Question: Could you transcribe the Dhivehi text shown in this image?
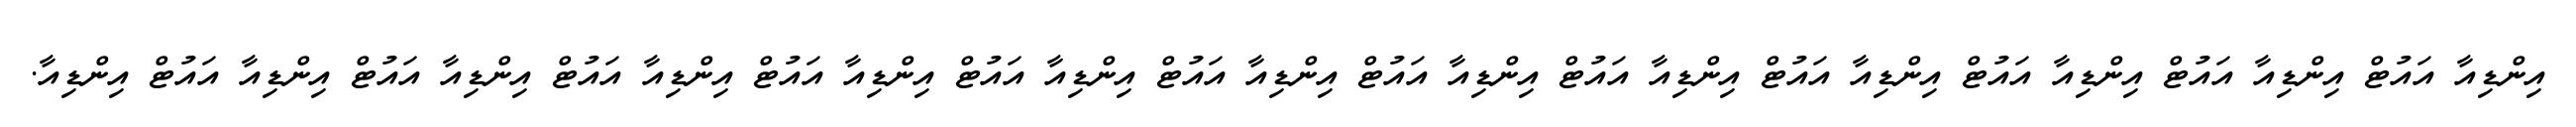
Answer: އިންޑިއާ އައުޓް އިންޑިއާ އައުޓް އިންޑިއާ އައުޓް އިންޑިއާ އައުޓް އިންޑިއާ އައުޓް އިންޑިއާ އައުޓް އިންޑިއާ އައުޓް އިންޑިއާ އައުޓް އިންޑިއާ އައުޓް އިންޑިއާ އައުޓް އިންޑިއާ އައުޓް އިންޑިއާ އައުޓް އިންޑިއާ.